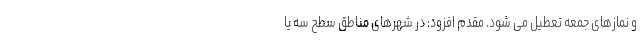
و نمازهای جمعه تعطیل می شود. مقدم افزود:‌ در شهرهای مناطق سطح سه یا